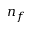
n _ { f }